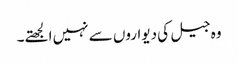
وہ جیل کی دیواروں سے نہیں الجھتے۔